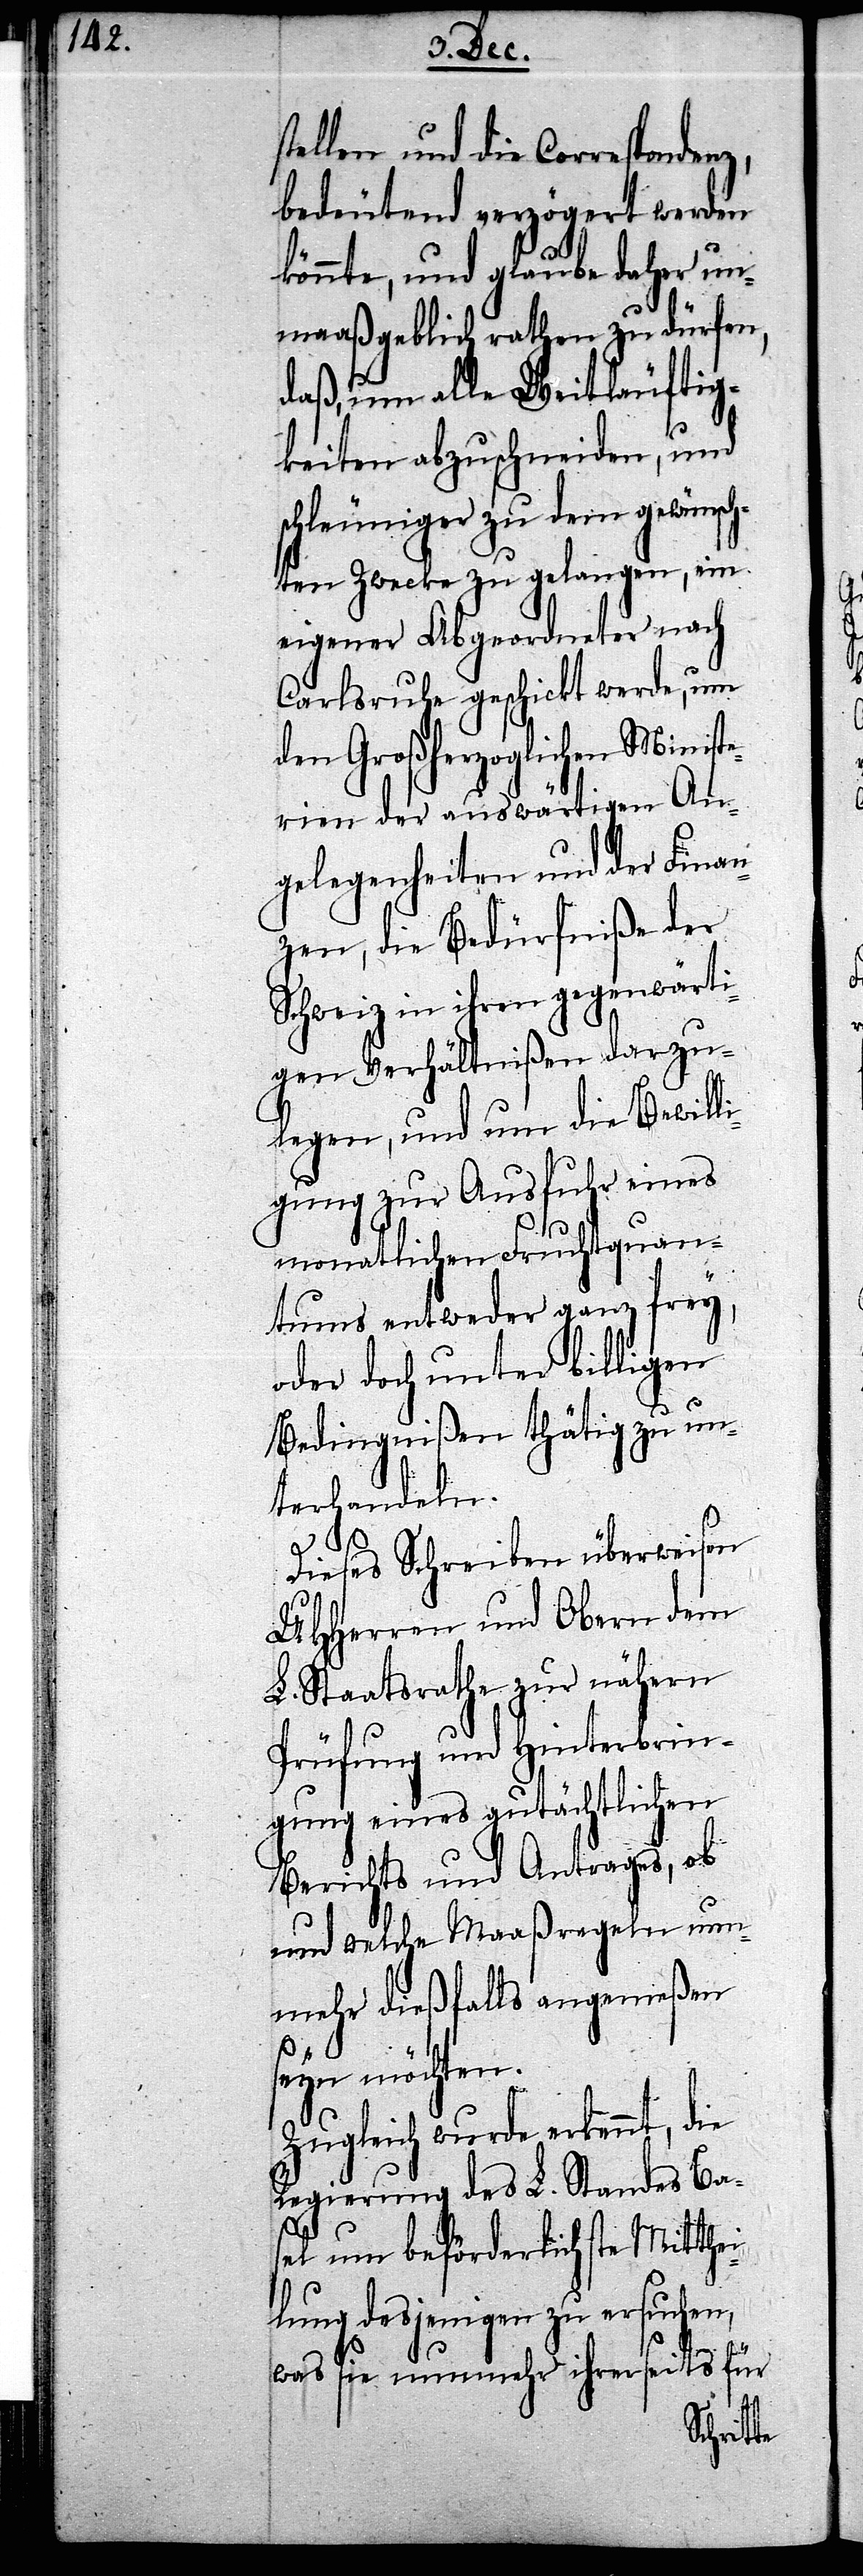
stellen und die Correspondenz,
bedeutend verzögert werden
könnte, und glaube daher un¬
maaßgeblich rathen zu dürfen,
daß, um alle Weitläufig¬
keiten abzuschneiden, und
schleuniger zu dem gewünsch¬
ten Zwecke zu gelangen, ein
eigener Abgeordneter nach
Carlsruhe geschickt werde, um
den Großherzoglichen Ministe¬
rien der auswärtigen An¬
gelegenheiten und der Finan¬
zen, die Bedürfniße der
Schweiz in ihren gegenwärti¬
gen Verhältnißen darzu¬
legen, und um die Bewilli¬
gung zur Ausfuhr eines
monatlichen Fruchtquan¬
tums entweder ganz frey,
oder doch unter billigen
Bedingnißen thätig zu un¬
terhandeln.
Dieses Schreiben überweisen
UHHerren und Obern dem
L. Staatsrathe zur nähern
Prüfung und Hinterbrin¬
gung eines gutächtlichen
Berichts und Antrags, ob
und welche Maaßregeln nun¬
mehr dießfalls angemeßen
seyn möchten.
Zugleich werde erkennt, die
Regierung des L. Standes Bas¬
el um beförderlichste Mitthei¬
lung desjenigen zu ersuchen,
was sie nunmehr ihrerseits für